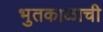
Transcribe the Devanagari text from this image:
भुतकाळाची